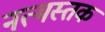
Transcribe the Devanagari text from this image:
नत्मस्तक